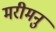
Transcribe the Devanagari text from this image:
मरीमनु